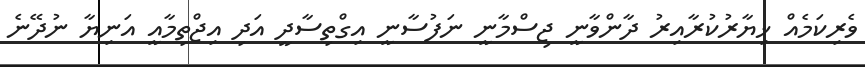
ވެރިކަމެއް ޚިޔާރުކުރާއިރު ދާންވާނީ ޖިސްމާނީ ނަފުސާނީ އިގްތިސާދީ އަދި އިޖްތިމާއީ އަނިޔާ ނުދޭނެ